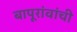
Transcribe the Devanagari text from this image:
बापूरांवांची